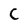
Character: C